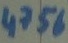
Text: 4756